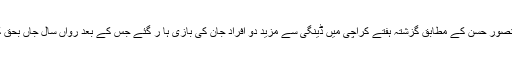
اسپیشل سیکریٹری ہیلتھ ڈاکٹر منصور حسن کے مطابق گزشتہ ہفتے کراچی میں ڈینگی سے مزید دو افراد جان کی بازی ہا ر گئے جس کے بعد رواں سال جاں بحق کی تعداد 14 تک جا پہنچی ہے۔